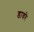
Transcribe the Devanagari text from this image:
डावरे